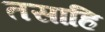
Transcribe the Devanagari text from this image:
तसाहि